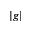
| g |